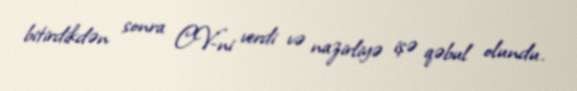
bitirdikdən sonra CV-ni verdi və nazirliyə işə qəbul olundu.